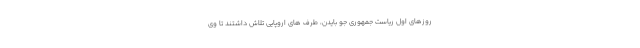
روزهای اول ریاست جمهوری جو بایدن، طرف های اروپایی تلاش داشتند تا وی